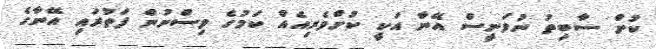
ކުށް ސާބިތު ނުވަނީސް އޭނާ އަކީ ކުށްވެރިއެއް ކަމުގެ ވިސްނުން ފަތުރައި އޭނާގެ